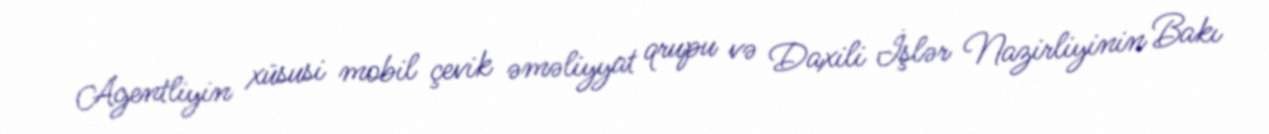
Agentliyin xüsusi mobil çevik əməliyyat qrupu və Daxili İşlər Nazirliyinin Bakı